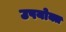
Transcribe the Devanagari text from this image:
उपयोक्त